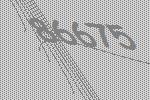
86675